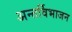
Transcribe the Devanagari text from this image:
अन्तर्विभाजन